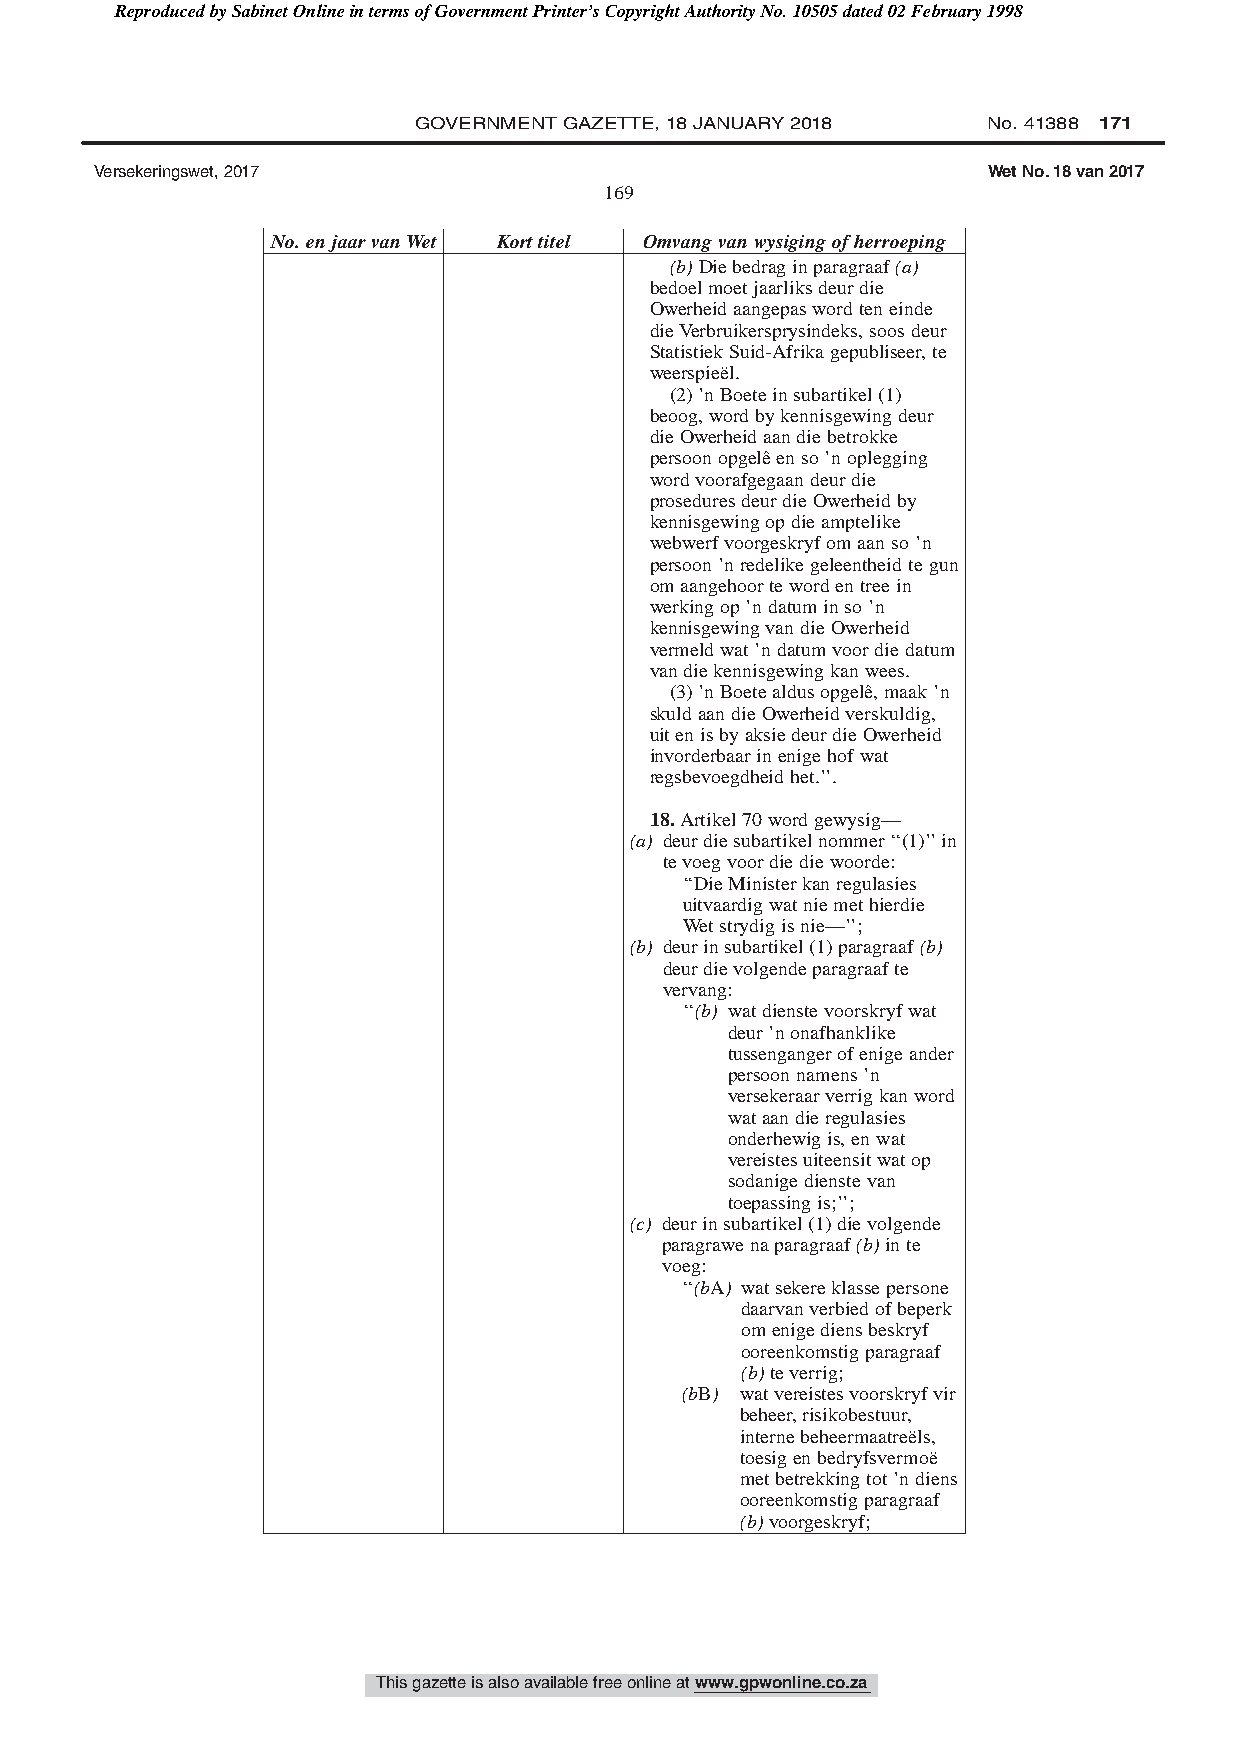
Reproduced by Sabinet Online in terms of Government Printer’s Copyright Authority No. 10505 dated 02 February 1998
 GOVERNMENT GAZETTE, 18 JANUARY 2018   No. 41388 171
 Versekeringswet, 2017                                      Wet No. 18 van 2017
 169
 No.enjaarvanWet Korttitel Omvangvanwysigingofherroeping
 (b)Diebedraginparagraaf(a)
 bedoelmoetjaarliksdeurdie
 Owerheidaangepaswordteneinde
 dieVerbruikersprysindeks,soosdeur
 StatistiekSuid-Afrikagepubliseer,te
 weerspieël.
 (2)’nBoeteinsubartikel(1)
 beoog,wordbykennisgewingdeur
 dieOwerheidaandiebetrokke
 persoonopgelêenso’noplegging
 wordvoorafgegaandeurdie
 proseduresdeurdieOwerheidby
 kennisgewingopdieamptelike
 webwerfvoorgeskryfomaanso’n
 persoon’nredelikegeleentheidtegun
 omaangehoortewordentreein
 werkingop’ndatuminso’n
 kennisgewingvandieOwerheid
 vermeldwat’ndatumvoordiedatum
 vandiekennisgewingkanwees.
 (3)’nBoetealdusopgelê,maak’n
 skuldaandieOwerheidverskuldig,
 uitenisbyaksiedeurdieOwerheid
 invorderbaarinenigehofwat
 regsbevoegdheidhet.’’.
 18.Artikel70wordgewysig—
 (a) deurdiesubartikelnommer‘‘(1)’’in
 tevoegvoordiediewoorde:
 ‘‘DieMinisterkanregulasies
 uitvaardigwatniemethierdie
 Wetstrydigisnie—’’;
 (b) deurinsubartikel(1)paragraaf(b)
 deurdievolgendeparagraafte
 vervang:
 ‘‘(b) watdienstevoorskryfwat
 deur’nonafhanklike
 tussengangerofenigeander
 persoonnamens’n
 versekeraarverrigkanword
 wataandieregulasies
 onderhewigis,enwat
 vereistesuiteensitwatop
 sodanigedienstevan
 toepassingis;’’;
 (c) deurinsubartikel(1)dievolgende
 paragrawenaparagraaf(b)inte
 voeg:
 ‘‘(bA) watsekereklassepersone
 daarvanverbiedofbeperk
 omenigediensbeskryf
 ooreenkomstigparagraaf
 (b)teverrig;
 (bB) watvereistesvoorskryfvir
 beheer,risikobestuur,
 internebeheermaatreëls,
 toesigenbedryfsvermoë
 metbetrekkingtot’ndiens
 ooreenkomstigparagraaf
 (b)voorgeskryf;
 This gazette is also available free online at www.gpwonline.co.za